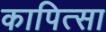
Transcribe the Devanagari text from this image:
कापित्सा